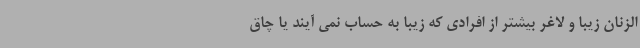
الزنان زیبا و لاغر بیشتر از افرادی که زیبا به حساب نمی آیند یا چاق